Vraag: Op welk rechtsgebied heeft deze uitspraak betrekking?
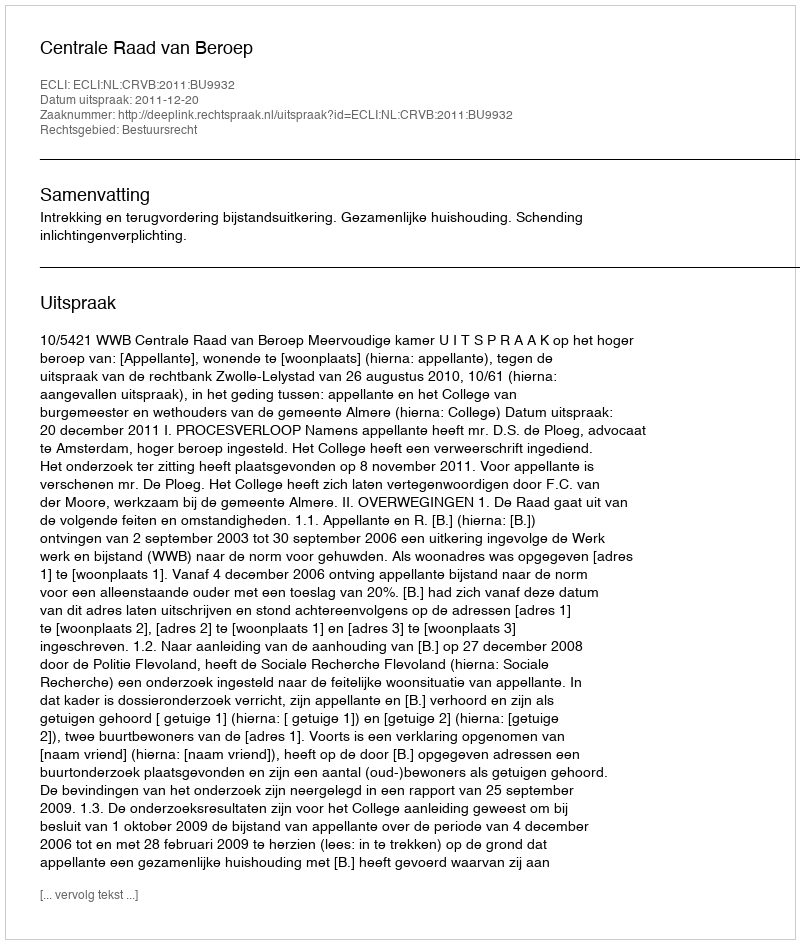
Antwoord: Bestuursrecht